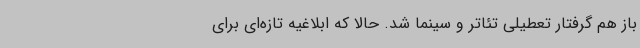
باز هم گرفتار تعطیلی تئاتر و سینما شد. حالا که ابلاغیه تازه‌ای برای